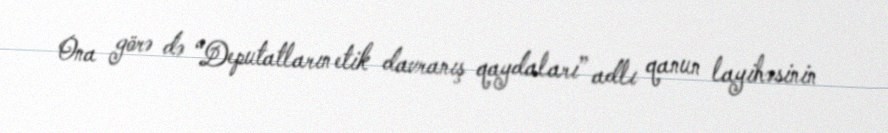
Ona görə də “Deputatların etik davranış qaydaları” adlı qanun layihəsinin